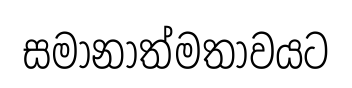
සමානාත්මතාවයට